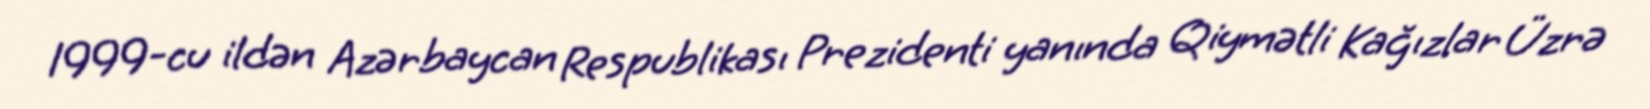
1999-cu ildən Azərbaycan Respublikası Prezidenti yanında Qiymətli Kağızlar Üzrə